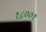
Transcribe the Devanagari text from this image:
१८००१